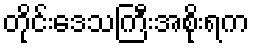
တိုင်းဒေသကြီးအစိုးရက